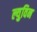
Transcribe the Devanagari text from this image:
ल्युविन